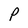
Character: P